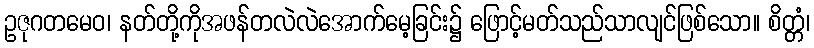
ဥဇုဂတမေဝ၊ နတ်တို့ကိုအဖန်တလဲလဲအောက်မေ့ခြင်း၌ ဖြောင့်မတ်သည်သာလျင်ဖြစ်သော။ စိတ္တံ၊